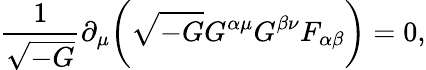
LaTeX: \frac{1}{\sqrt{-G}}\partial_{\mu}\biggl(\sqrt{-G}G^{\alpha\mu}G^{\beta\nu}F_{\alpha\beta}\biggr)=0,